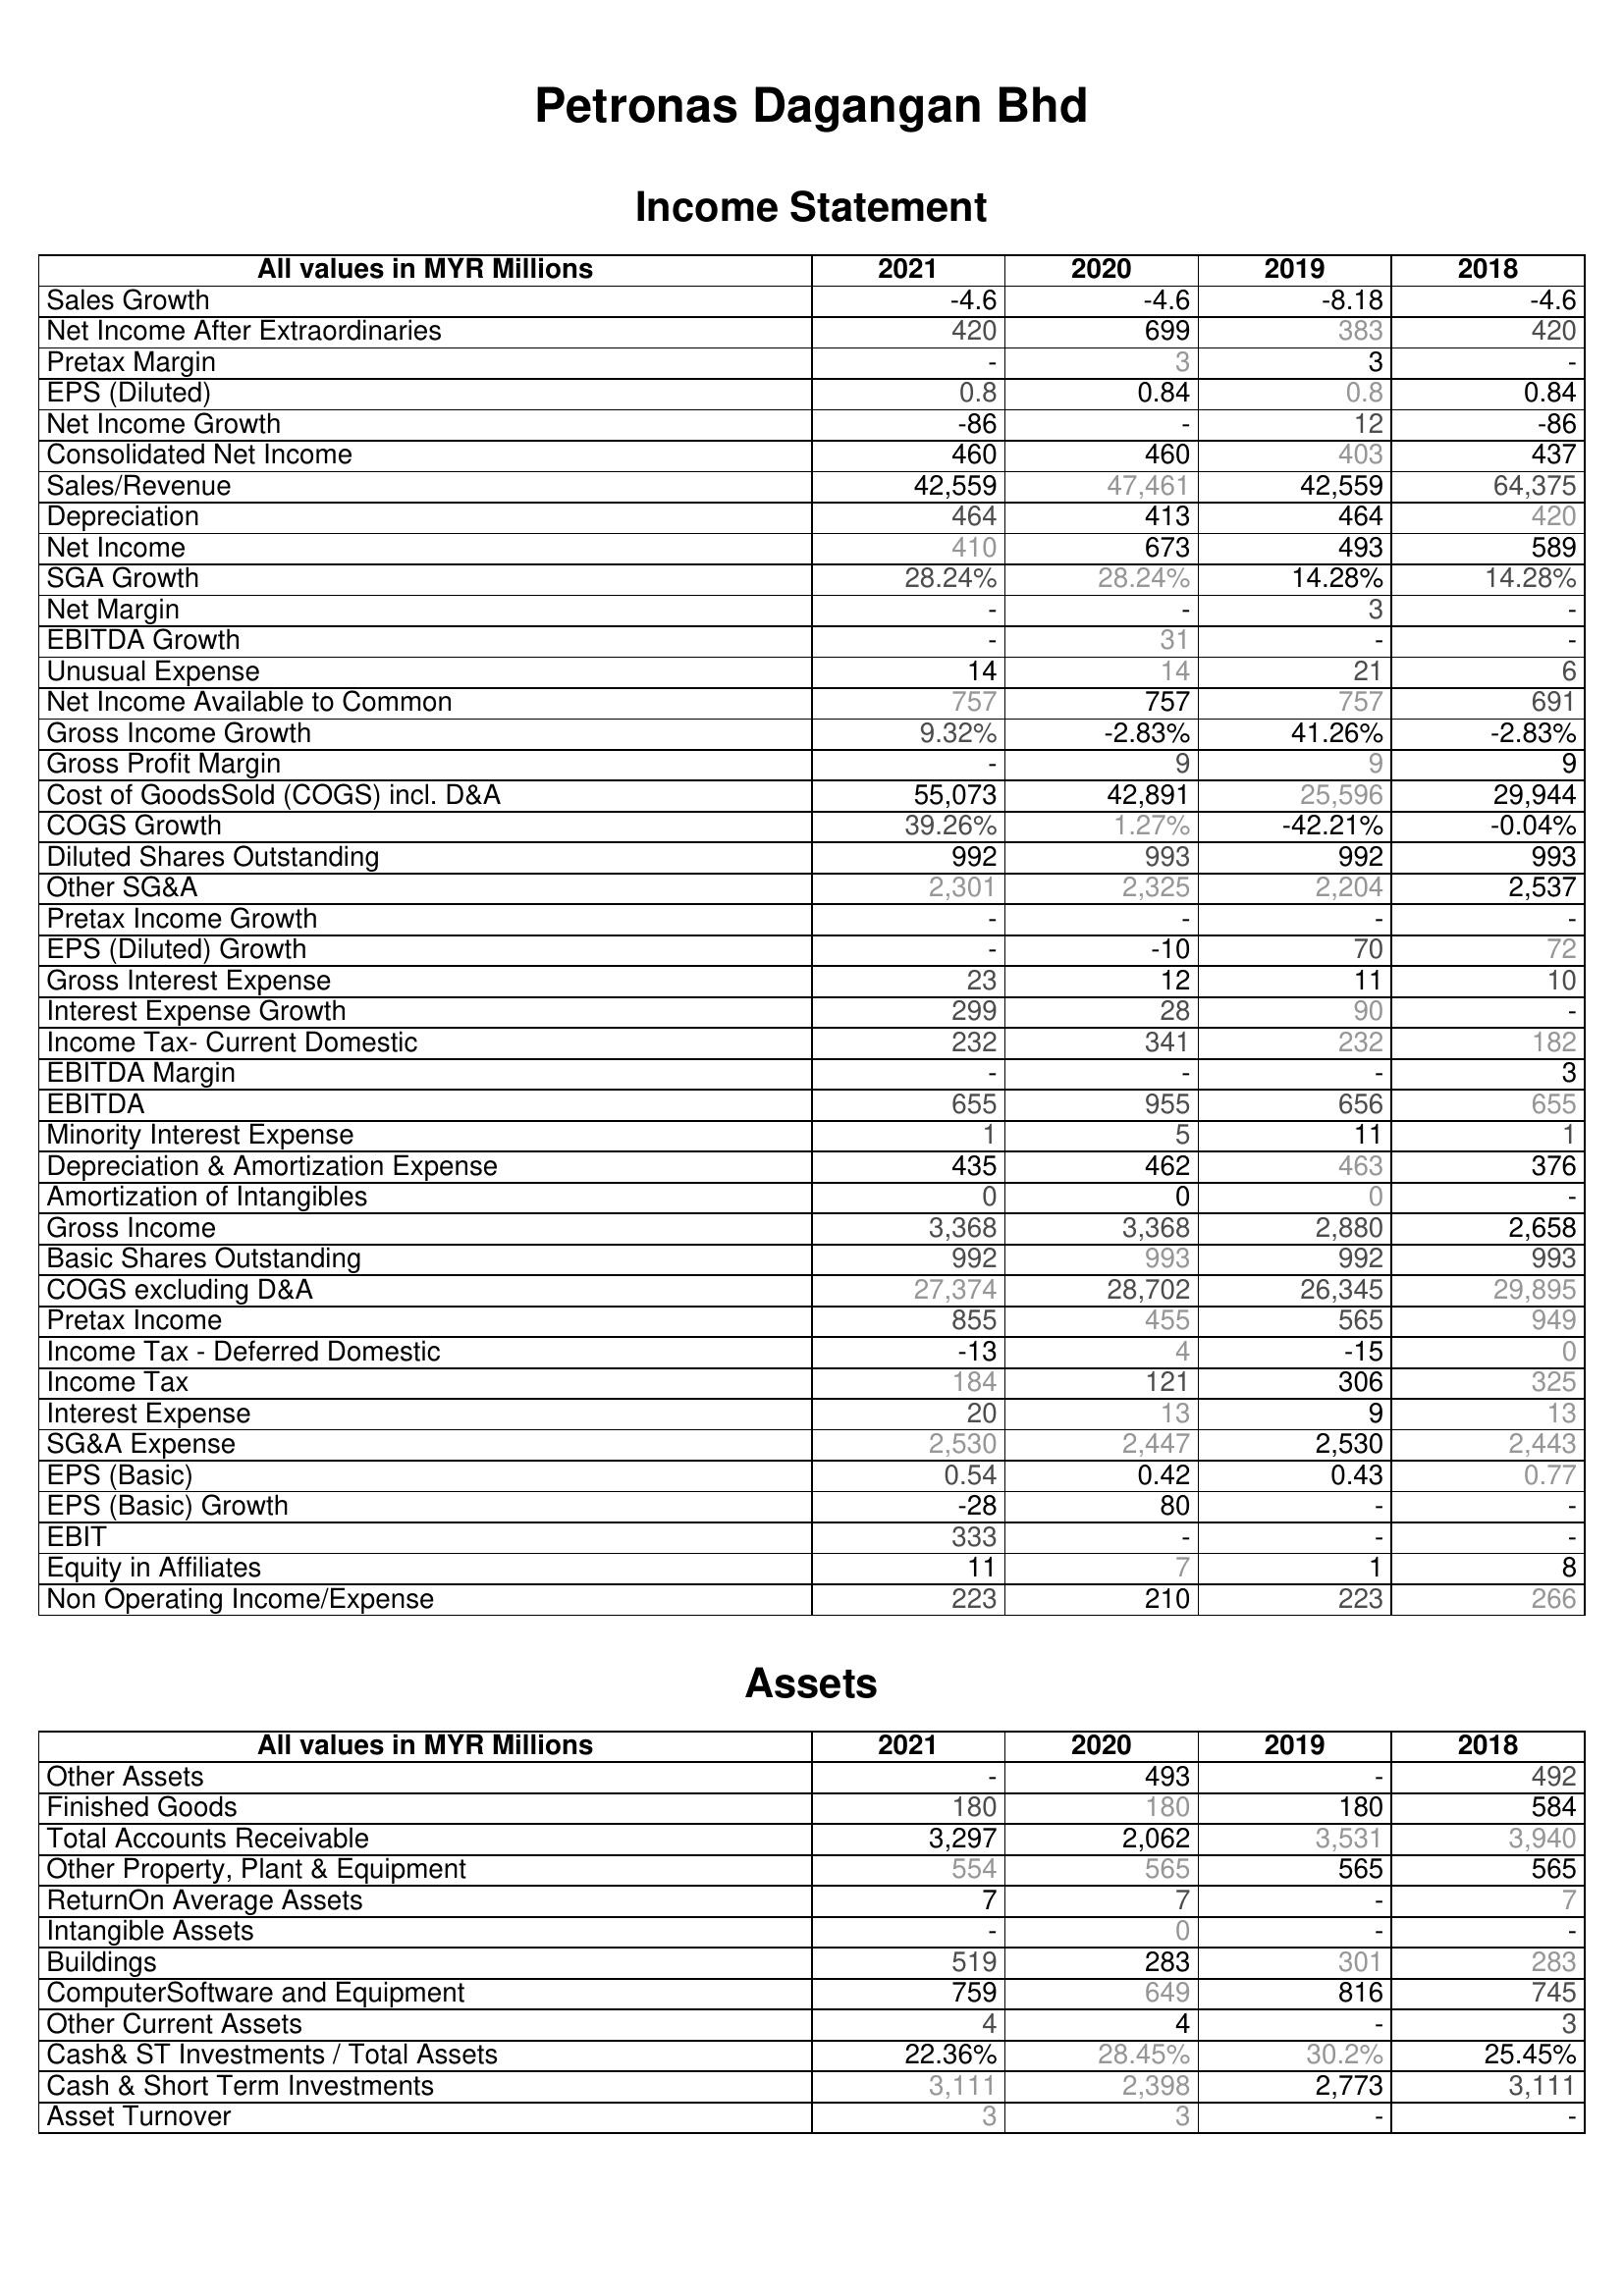
2021: Income Statement: Sales Growth: -4.6
Net Income After Extraordinaries: 420
Pretax Margin: -
EPS (Diluted): 0.8
Net Income Growth: -86
Consolidated Net Income: 460
Sales/Revenue: 42,559
Depreciation: 464
Net Income: 410
SGA Growth: 28.24%
Net Margin: -
EBITDA Growth: -
Unusual Expense: 14
Net Income Available to Common: 757
Gross Income Growth: 9.32%
Gross Profit Margin: -
Cost of GoodsSold (COGS) incl. D&A: 55,073
COGS Growth: 39.26%
Diluted Shares Outstanding: 992
Other SG&A: 2,301
Pretax Income Growth: -
EPS (Diluted) Growth: -
Gross Interest Expense: 23
Interest Expense Growth: 299
Income Tax- Current Domestic: 232
EBITDA Margin: -
EBITDA: 655
Minority Interest Expense: 1
Depreciation & Amortization Expense: 435
Amortization of Intangibles: 0
Gross Income: 3,368
Basic Shares Outstanding: 992
COGS excluding D&A: 27,374
Pretax Income: 855
Income Tax - Deferred Domestic: -13
Income Tax: 184
Interest Expense: 20
SG&A Expense: 2,530
EPS (Basic): 0.54
EPS (Basic) Growth: -28
EBIT: 333
Equity in Affiliates: 11
Non Operating Income/Expense: 223
Assets: Other Assets: -
Finished Goods: 180
Total Accounts Receivable: 3,297
Other Property, Plant & Equipment: 554
ReturnOn Average Assets: 7
Intangible Assets: -
Buildings: 519
ComputerSoftware and Equipment: 759
Other Current Assets: 4
Cash& ST Investments / Total Assets: 22.36%
Cash & Short Term Investments: 3,111
Asset Turnover: 3
2020: Income Statement: Sales Growth: -4.6
Net Income After Extraordinaries: 699
Pretax Margin: 3
EPS (Diluted): 0.84
Net Income Growth: -
Consolidated Net Income: 460
Sales/Revenue: 47,461
Depreciation: 413
Net Income: 673
SGA Growth: 28.24%
Net Margin: -
EBITDA Growth: 31
Unusual Expense: 14
Net Income Available to Common: 757
Gross Income Growth: -2.83%
Gross Profit Margin: 9
Cost of GoodsSold (COGS) incl. D&A: 42,891
COGS Growth: 1.27%
Diluted Shares Outstanding: 993
Other SG&A: 2,325
Pretax Income Growth: -
EPS (Diluted) Growth: -10
Gross Interest Expense: 12
Interest Expense Growth: 28
Income Tax- Current Domestic: 341
EBITDA Margin: -
EBITDA: 955
Minority Interest Expense: 5
Depreciation & Amortization Expense: 462
Amortization of Intangibles: 0
Gross Income: 3,368
Basic Shares Outstanding: 993
COGS excluding D&A: 28,702
Pretax Income: 455
Income Tax - Deferred Domestic: 4
Income Tax: 121
Interest Expense: 13
SG&A Expense: 2,447
EPS (Basic): 0.42
EPS (Basic) Growth: 80
EBIT: -
Equity in Affiliates: 7
Non Operating Income/Expense: 210
Assets: Other Assets: 493
Finished Goods: 180
Total Accounts Receivable: 2,062
Other Property, Plant & Equipment: 565
ReturnOn Average Assets: 7
Intangible Assets: 0
Buildings: 283
ComputerSoftware and Equipment: 649
Other Current Assets: 4
Cash& ST Investments / Total Assets: 28.45%
Cash & Short Term Investments: 2,398
Asset Turnover: 3
2019: Income Statement: Sales Growth: -8.18
Net Income After Extraordinaries: 383
Pretax Margin: 3
EPS (Diluted): 0.8
Net Income Growth: 12
Consolidated Net Income: 403
Sales/Revenue: 42,559
Depreciation: 464
Net Income: 493
SGA Growth: 14.28%
Net Margin: 3
EBITDA Growth: -
Unusual Expense: 21
Net Income Available to Common: 757
Gross Income Growth: 41.26%
Gross Profit Margin: 9
Cost of GoodsSold (COGS) incl. D&A: 25,596
COGS Growth: -42.21%
Diluted Shares Outstanding: 992
Other SG&A: 2,204
Pretax Income Growth: -
EPS (Diluted) Growth: 70
Gross Interest Expense: 11
Interest Expense Growth: 90
Income Tax- Current Domestic: 232
EBITDA Margin: -
EBITDA: 656
Minority Interest Expense: 11
Depreciation & Amortization Expense: 463
Amortization of Intangibles: 0
Gross Income: 2,880
Basic Shares Outstanding: 992
COGS excluding D&A: 26,345
Pretax Income: 565
Income Tax - Deferred Domestic: -15
Income Tax: 306
Interest Expense: 9
SG&A Expense: 2,530
EPS (Basic): 0.43
EPS (Basic) Growth: -
EBIT: -
Equity in Affiliates: 1
Non Operating Income/Expense: 223
Assets: Other Assets: -
Finished Goods: 180
Total Accounts Receivable: 3,531
Other Property, Plant & Equipment: 565
ReturnOn Average Assets: -
Intangible Assets: -
Buildings: 301
ComputerSoftware and Equipment: 816
Other Current Assets: -
Cash& ST Investments / Total Assets: 30.2%
Cash & Short Term Investments: 2,773
Asset Turnover: -
2018: Income Statement: Sales Growth: -4.6
Net Income After Extraordinaries: 420
Pretax Margin: -
EPS (Diluted): 0.84
Net Income Growth: -86
Consolidated Net Income: 437
Sales/Revenue: 64,375
Depreciation: 420
Net Income: 589
SGA Growth: 14.28%
Net Margin: -
EBITDA Growth: -
Unusual Expense: 6
Net Income Available to Common: 691
Gross Income Growth: -2.83%
Gross Profit Margin: 9
Cost of GoodsSold (COGS) incl. D&A: 29,944
COGS Growth: -0.04%
Diluted Shares Outstanding: 993
Other SG&A: 2,537
Pretax Income Growth: -
EPS (Diluted) Growth: 72
Gross Interest Expense: 10
Interest Expense Growth: -
Income Tax- Current Domestic: 182
EBITDA Margin: 3
EBITDA: 655
Minority Interest Expense: 1
Depreciation & Amortization Expense: 376
Amortization of Intangibles: -
Gross Income: 2,658
Basic Shares Outstanding: 993
COGS excluding D&A: 29,895
Pretax Income: 949
Income Tax - Deferred Domestic: 0
Income Tax: 325
Interest Expense: 13
SG&A Expense: 2,443
EPS (Basic): 0.77
EPS (Basic) Growth: -
EBIT: -
Equity in Affiliates: 8
Non Operating Income/Expense: 266
Assets: Other Assets: 492
Finished Goods: 584
Total Accounts Receivable: 3,940
Other Property, Plant & Equipment: 565
ReturnOn Average Assets: 7
Intangible Assets: -
Buildings: 283
ComputerSoftware and Equipment: 745
Other Current Assets: 3
Cash& ST Investments / Total Assets: 25.45%
Cash & Short Term Investments: 3,111
Asset Turnover: -